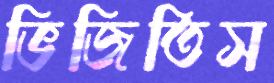
ভিজিতিস